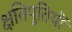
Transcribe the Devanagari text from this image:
क्षतिपूतियों